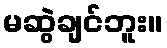
မဆွဲချင်ဘူး။